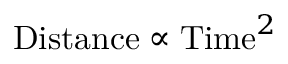
{ \mathrm { D i s t a n c e } } \propto { { \mathrm { T i m e } } ^ { 2 } }